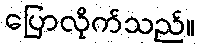
ပြောလိုက်သည်။